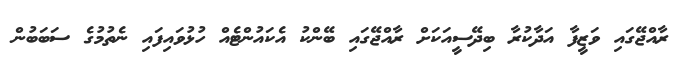
ރާއްޖޭގައި ވަޒީފާ އަދާކުރާ ބިދޭސީއަކަށް ރާއްޖޭގައި ބޭންކު އެކައުންޓެއް ހުޅުވައިފައި ނެތުމުގެ ސަބަބުން